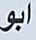
ابو